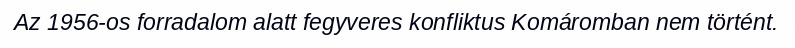
Az 1956-os forradalom alatt fegyveres konfliktus Komáromban nem történt.